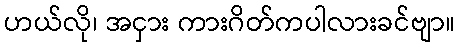
ဟယ်လို၊ အငှား ကားဂိတ်ကပါလားခင်ဗျာ။